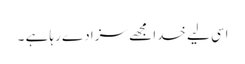
اسی لیے خدا مجھے سزا دے رہا ہے ۔